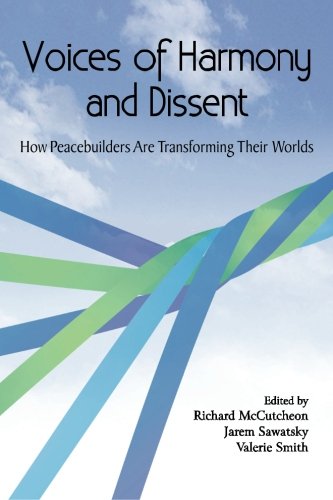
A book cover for Voices of Harmony and Dissent: How Peacebuilders are Transforming Their Worlds; Valerie Smith; Law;